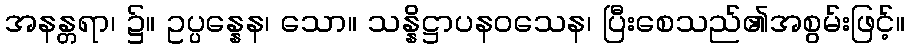
အနန္တရာ၊ ၌။ ဥပ္ပန္နေန၊ သော။ သန္နိဋ္ဌာပနဝသေန၊ ပြီးစေသည်၏အစွမ်းဖြင့်။